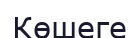
Көшеге